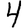
Digit: 4